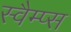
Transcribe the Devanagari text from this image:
स्वैम्प्स